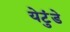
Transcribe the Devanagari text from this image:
येटुंडे